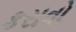
કરાવો